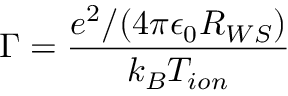
\Gamma = \frac { e ^ { 2 } / ( 4 \pi \epsilon _ { 0 } R _ { W S } ) } { k _ { B } T _ { i o n } }